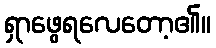
ရှာဖွေရလေတော့၏။